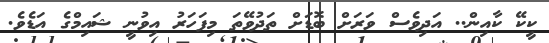
ކީކޭ ކާއިން.. އަދިވެސް ވަރަށް ބޮޑަށް ތަދުވޭތަ މިފަހަރު އިވުނީ ޝައިމްގެ އަޑެވެ.